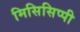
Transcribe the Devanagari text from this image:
मिसिसिप्‍पी